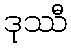
ဒုဿီ